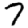
Digit: 7